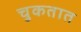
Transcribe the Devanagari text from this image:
चुकतात